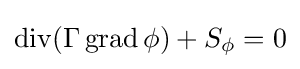
\operatorname {div} (\Gamma \operatorname {grad} \phi )+S_{\phi }=0